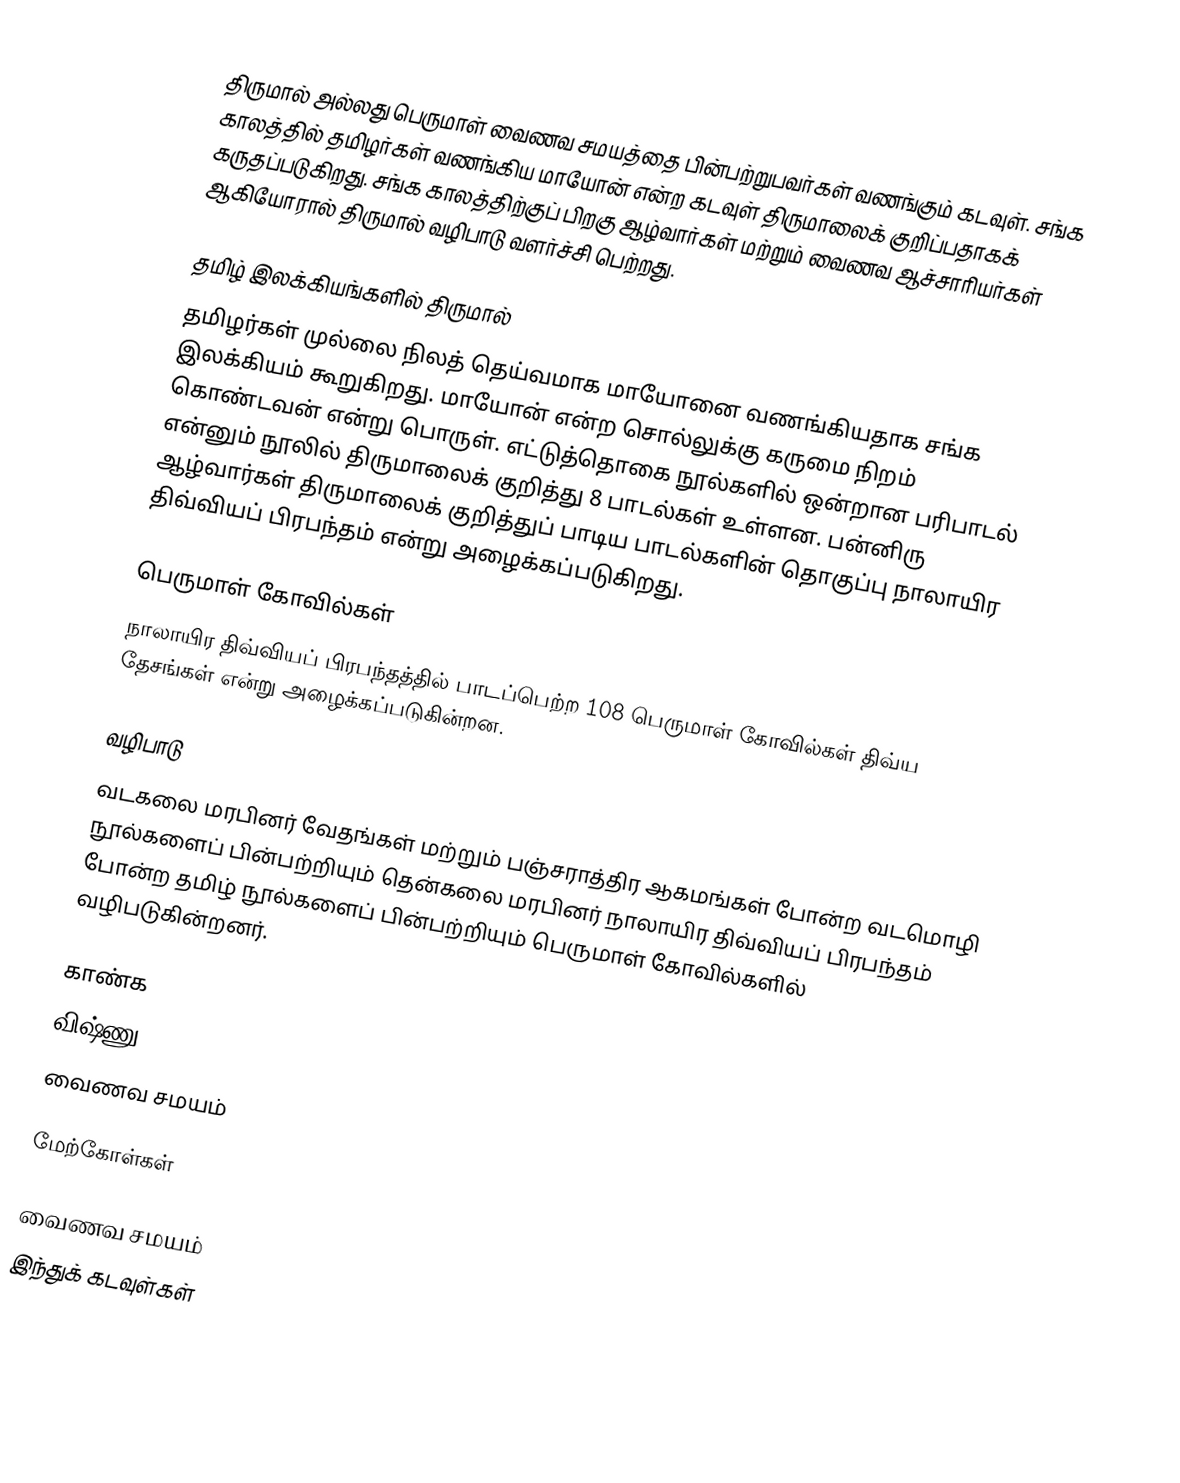
திருமால் அல்லது பெருமாள் வைணவ சமயத்தை பின்பற்றுபவா்கள் வணங்கும் கடவுள். சங்க காலத்தில் தமிழர்கள் வணங்கிய மாயோன் என்ற கடவுள் திருமாலைக் குறிப்பதாகக் கருதப்படுகிறது. சங்க காலத்திற்குப் பிறகு ஆழ்வார்கள் மற்றும் வைணவ ஆச்சாரியர்கள் ஆகியோரால் திருமால் வழிபாடு வளர்ச்சி பெற்றது.

தமிழ் இலக்கியங்களில் திருமால்
தமிழர்கள் முல்லை நிலத் தெய்வமாக மாயோனை வணங்கியதாக சங்க இலக்கியம் கூறுகிறது. மாயோன் என்ற சொல்லுக்கு கருமை நிறம் கொண்டவன் என்று பொருள். எட்டுத்தொகை நூல்களில் ஒன்றான பரிபாடல் என்னும் நூலில் திருமாலைக் குறித்து 8 பாடல்கள் உள்ளன. பன்னிரு ஆழ்வார்கள் திருமாலைக் குறித்துப் பாடிய பாடல்களின் தொகுப்பு நாலாயிர திவ்வியப் பிரபந்தம் என்று அழைக்கப்படுகிறது.

பெருமாள் கோவில்கள்
நாலாயிர திவ்வியப் பிரபந்தத்தில் பாடப்பெற்ற 108 பெருமாள் கோவில்கள் திவ்ய தேசங்கள் என்று அழைக்கப்படுகின்றன.

வழிபாடு
வடகலை மரபினர் வேதங்கள் மற்றும் பஞ்சராத்திர ஆகமங்கள் போன்ற வடமொழி நூல்களைப் பின்பற்றியும் தென்கலை மரபினர் நாலாயிர திவ்வியப் பிரபந்தம் போன்ற தமிழ் நூல்களைப் பின்பற்றியும் பெருமாள் கோவில்களில் வழிபடுகின்றனர்.

காண்க
விஷ்ணு
வைணவ சமயம்

மேற்கோள்கள்

வைணவ சமயம்
இந்துக் கடவுள்கள்